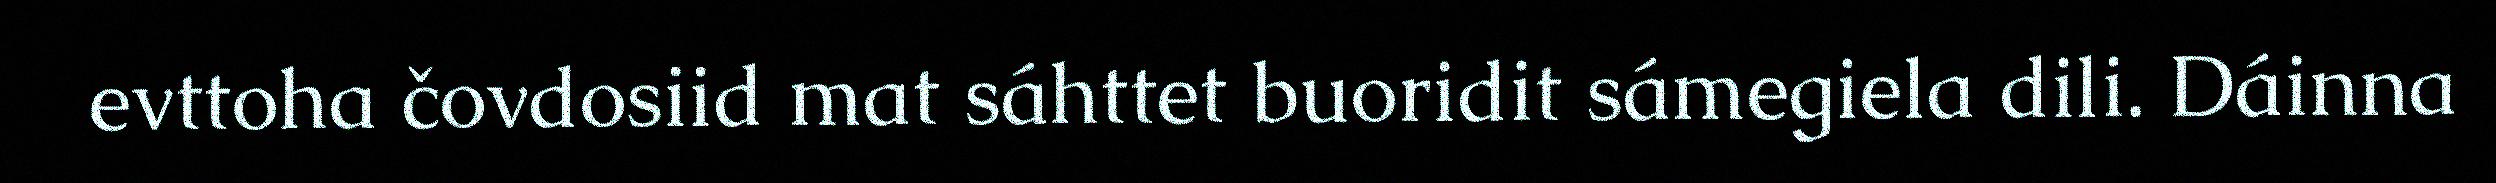
evttoha čovdosiid mat sáhttet buoridit sámegiela dili. Dáinna